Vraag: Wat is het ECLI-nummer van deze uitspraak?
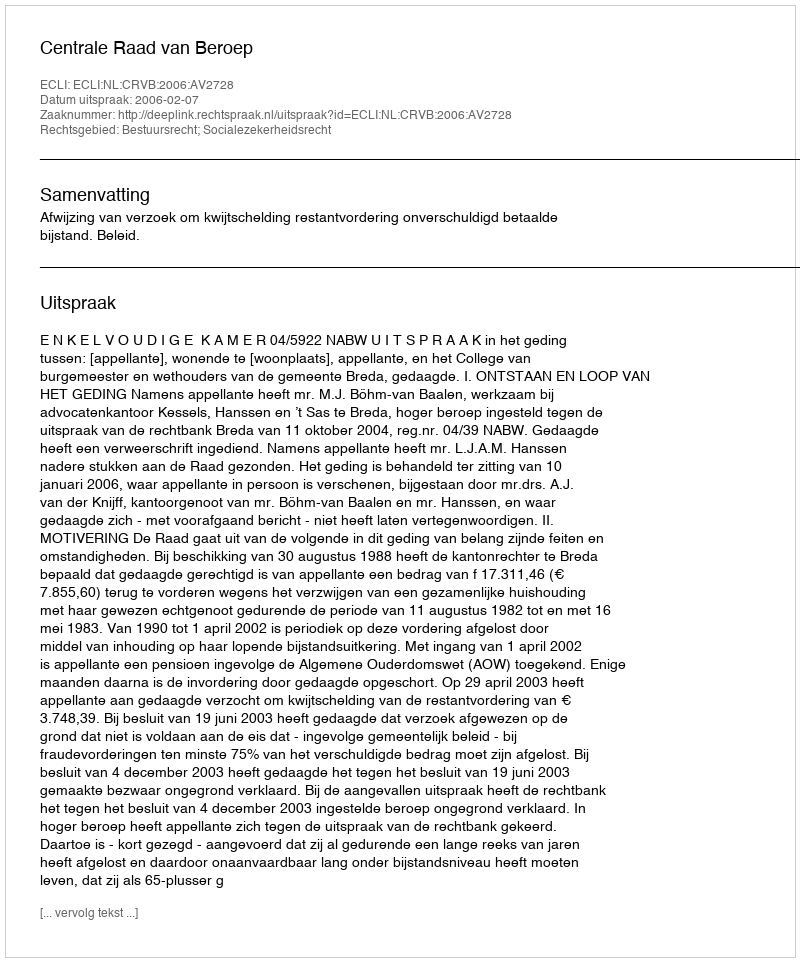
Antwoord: ECLI:NL:CRVB:2006:AV2728